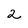
Character: 2